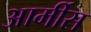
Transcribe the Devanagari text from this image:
आर्मीस